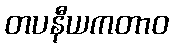
တပနီယကတာဝ